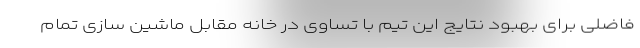
فاضلی برای بهبود نتایج این تیم با تساوی در خانه مقابل ماشین سازی تمام